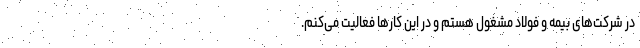
در شرکت‌های بیمه و فولاد مشغول هستم و در این کارها فعالیت می‌کنم.